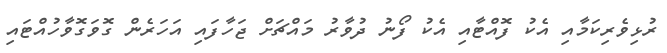
ރުޅިވެރިކަމާއި އެކު ފޮއްޓާއި އެކު ފޯނު ދުވާރު މައްޗަށް ޖަހާފައި އަހަރެން ގޮވަގޮވާހުއްޓައި